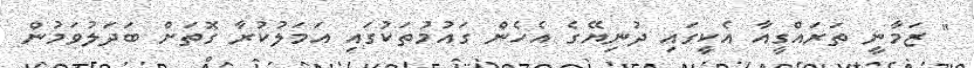
" ޒަމާނީ ތަރައްގީއާ އެކީގައި ދުނިޔޭގެ އެހެން ގައުމުތަކުގައި އަމަލުކުރާ ގޮތަށް ބަދަލުވަމުން